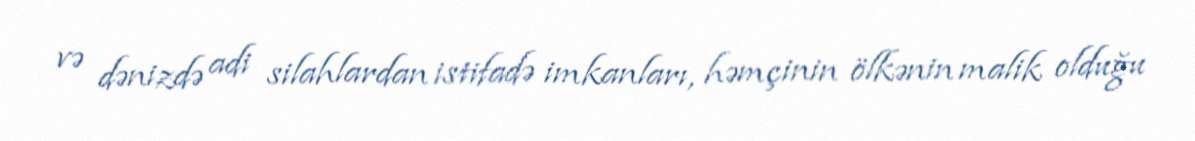
və dənizdə adi silahlardan istifadə imkanları, həmçinin ölkənin malik olduğu